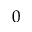
0